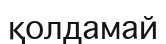
қолдамай